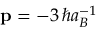
\mathbf { p } = - 3 \, \hbar a _ { B } ^ { - 1 }